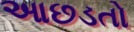
આછડતો